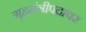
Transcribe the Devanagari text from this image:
गृहमंत्रीपदावर